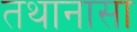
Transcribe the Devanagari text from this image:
तथानासा